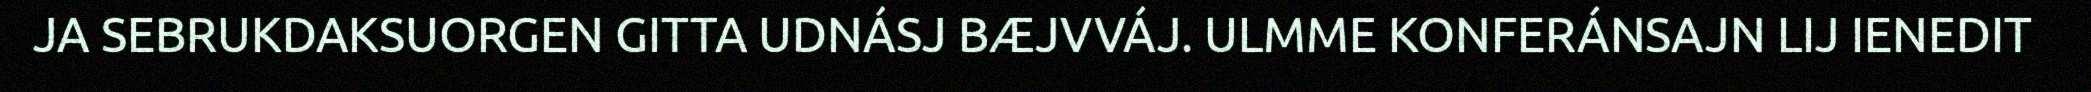
JA SEBRUKDAKSUORGEN GITTA UDNÁSJ BÆJVVÁJ. ULMME KONFERÁNSAJN LIJ IENEDIT